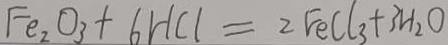
F e _ { 2 } O _ { 3 } + 6 H C l = 2 F e C l _ { 3 } + 3 H _ { 2 } O